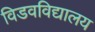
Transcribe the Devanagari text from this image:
विडवविद्यालय